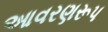
આવરણરૂપ